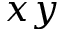
x y